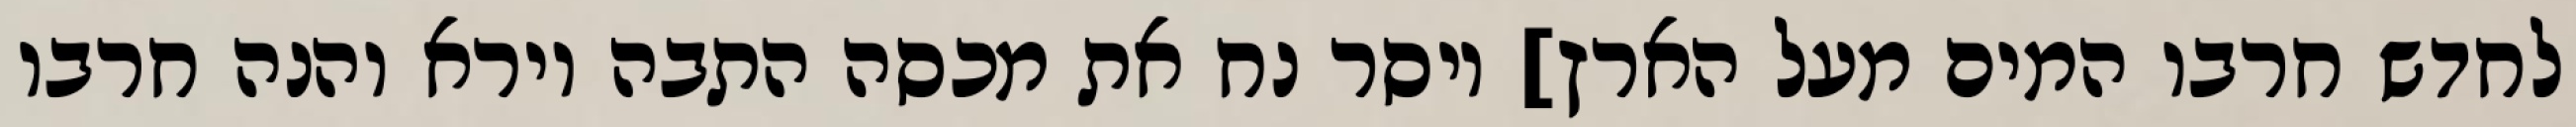
לחדש חרבו המים מעל הארץ] ויסר נח את מכסה התבה וירא והנה חרבו